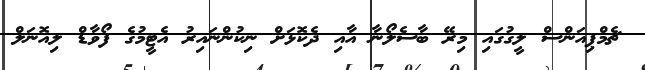
ޗެމްޕިއަންސް ލީގުގައި މިރޭ ބާސެލޯނާ އާއި ދެކޮޅަށް ނިކުންނައިރު އެޓީމުގެ ފޯވާޑް ލިއޮނަލް